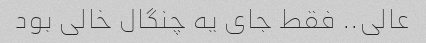
عالی.. فقط جای یه چنگال خالی بود